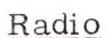
Radio